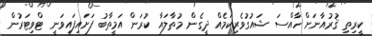
ކީރިތި ޤުރުއާނަށް ހާއްސަ ޝައުގުވެރިކަމެއް ދީގެން މުތާލައާ ކުރަން އަމީތާބު ފަށައިފައިވަނީ ޓްވިޓަރުން